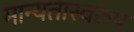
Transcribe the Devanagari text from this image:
मान्यतास्वरुप